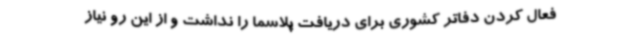
فعال کردن دفاتر کشوری برای دریافت پلاسما را نداشت و از این رو نیاز